Report on the Nagpur School of Medicine, Central Provinces
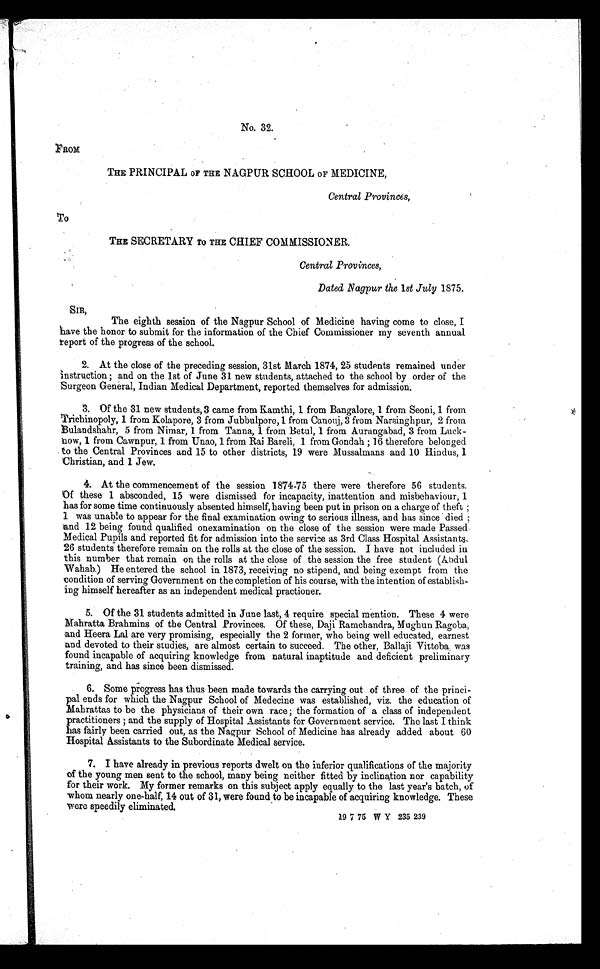
No. 32.
FROM
THE PRINCIPAL OF THE NAGPUR SCHOOL OF MEDICINE,
Central Provinces,
To
THE SECRETARY TO THE CHIEF COMMISSIONER.
Central Provinces,
Dated Nagpur the 1st July 1875.
S I R ,
The eighth session of the Nagpur School of Medicine having come to close, I
have the honor to submit for the information of the Chief Commissioner my seventh annual
report of the progress of the school.
2. At the close of the preceding session, 31st March 1874, 25 students remained under
Instruction; and on the 1st of June 31 new students, attached to the school by order of the
Surgeon General, Indian Medical Department, reported themselves for admission.
3. Of the 31 new students, 3 came from Kamthi, 1 from Bangalore, 1 from Seoni, 1 from
Trichinopoly, 1 from Kolapore, 3 from Jubbulpore, 1 from Canouj, 3 from Narsinghpur, 2 from
Bulandshahr, 5 from Nimar, 1 from Tanna, 1 from Betul, 1 from Aurangabad, 3 from Luck-
now, 1 from Cawnpur, 1 from Unao, 1 from Rai Bareli, 1 from Gondah; 16 therefore belonged
to the Central Provinces and 15 to other districts, 19 were Mussalmans and 10 Hindus, 1
Christian, and 1 Jew.
4. At the commencement of the session 1874-75 there were therefore 56 students.
Of these 1 absconded, 15 were dismissed for incapacity, inattention and misbehaviour, 1
has for some time continuously absented himself, having been put in prison on a charge of theft;
1 was unable to appear for the final examination owing to serious illness, and has since died;
and 12 being found qualified onexamination on the close of the session were made Passed
Medical Pupils and reported fit for admission into the service as 3rd Class Hospital Assistants.
26 students therefore remain on the rolls at the close of the session. I have not included in
this number that remain on the rolls at the close of the session the free student (Abdul
Wahab.) He entered the school in 1873, receiving no stipend, and being exempt from the
condition of serving Government on the completion of his course, with the intention of establish
- i n g h i m s e l f h e r e a f t e r a s a n i n d e p e n d e n t m e d i c a l p r a c t i o n e r .
5. Of the 31 students admitted in June last, 4 require special mention. These 4 were
Mahratta Brahmins of the Central Provinces. Of these, Daji Ramchandra, Mughun Ragoba,
and Heera Lal are very promising, especially the 2 former, who being well educated, earnest
and devoted to their studies, are almost certain to succeed. The other, Ballaji Vittoba was
found incapable of acquiring knowledge from natural inaptitude and deficient preliminary
training, and has since been dismissed.
6. Some progress has thus been made towards the carrying out of three of the princi
- p a l e n d s f o r w h i c h t h e N a g p u r S c h o o l o f M e d e c i n e w a s e s t a b l i s h e d , v i z . t h e e d u c a t i o n o f
Mahrattas to be the physicians of their own race; the formation of a class of independent
practitioners; and the supply of Hospital Assistants for Government service. The last I think
has fairly been carried out, as the Nagpur School of Medicine has already added about 60
Hospital Assistants to the Subordinate Medical service.
7. I have already in previous reports dwelt on the inferior qualifications of the majority
of the young men sent to the school, many being neither fitted by inclination nor capability
for their work. My former remarks on this subject apply equally to the last year's batch, of
whom nearly one-half, 14 out of 31, were found to be incapable of acquiring knowledge. These
were speedily eliminated.
0